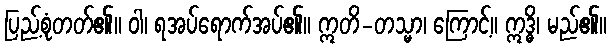
ပြည့်စုံတတ်၏။ ဝါ၊ ရအပ်ရောက်အပ်၏။ ဣတိ-တသ္မာ၊ ကြောင့်။ ဣဒ္ဓိ၊ မည်၏။